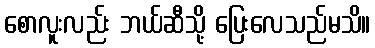
စောလူးလည်း ဘယ်ဆီသို့ ပြေးလေသည်မသိ။